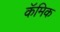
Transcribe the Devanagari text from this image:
कॅमिक